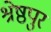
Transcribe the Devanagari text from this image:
श्रेष्ठपुर